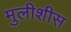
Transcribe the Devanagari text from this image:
मुलीशीस